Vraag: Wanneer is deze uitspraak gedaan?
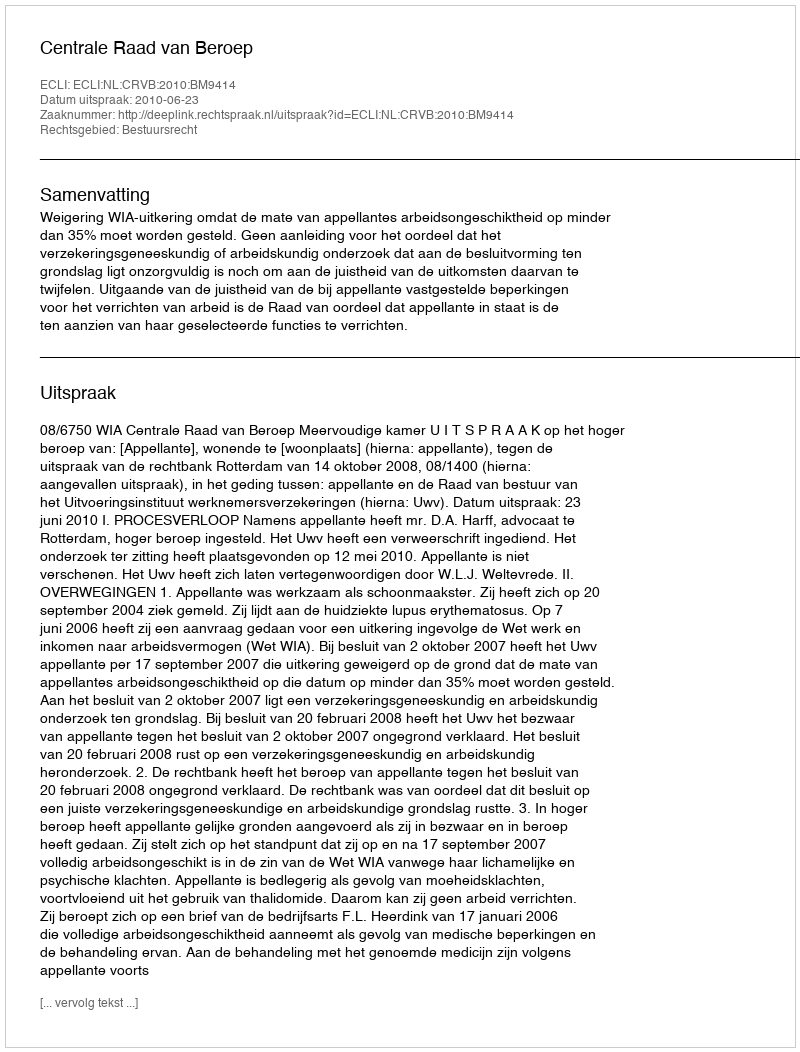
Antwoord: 2010-06-23